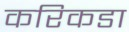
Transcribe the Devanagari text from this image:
करिकडा